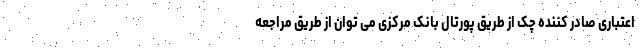
اعتباری صادر کننده چک از طریق پورتال بانک مرکزی می توان از طریق مراجعه